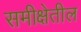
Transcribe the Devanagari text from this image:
समीक्षेतील